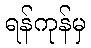
ရန်ကုန်မှ